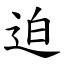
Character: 迫